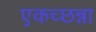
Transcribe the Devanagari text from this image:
एकच्छन्ना